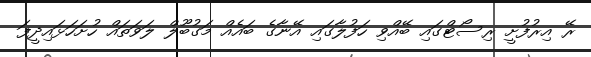
ރޭ އިރުފުށީ ރިސޯޓްގައި ބޭއްވި ހަފުލާގައި އޭނާގެ ބައެއް މަގުބޫލް ލަވަތައް ހުށަހަޅައިދީފަ